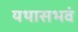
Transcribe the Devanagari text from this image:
यथासभवं